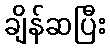
ချိန်ဆပြီး